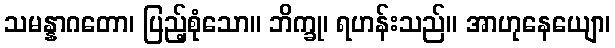
သမန္နာဂတော၊ ပြည့်စုံသော။ ဘိက္ခု၊ ရဟန်းသည်။ အာဟုနေယျော၊